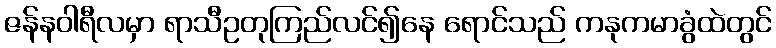
ဇန်နဝါရီလမှာ ရာသီဥတုကြည်လင်၍နေ ရောင်သည် ကနုကမာခွံထဲတွင်